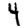
Digit: 4